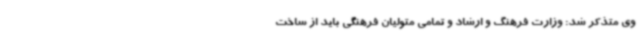
وی متذکر شد: وزارت فرهنگ و ارشاد و تمامی متولیان فرهنگی باید از ساخت